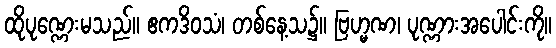
ထိုပုဏ္ဏေးမသည်။ ဧကဒိဝသံ၊ တစ်နေ့သ၌။ ဗြဟ္မဏ၊ ပုဏ္ဏားအပေါင်းကို။